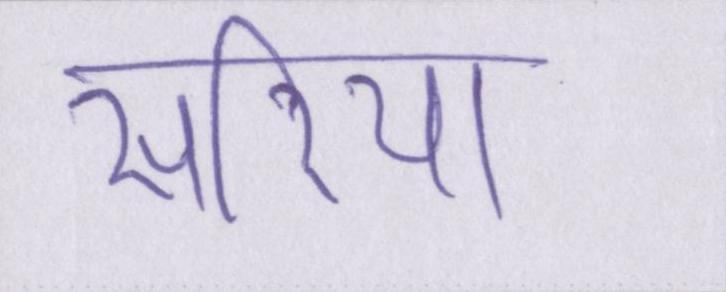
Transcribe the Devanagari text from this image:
सरिया